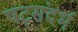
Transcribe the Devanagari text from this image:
षट्संदर्भ